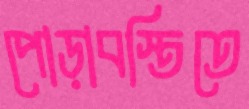
পোড়াবস্তিতে